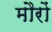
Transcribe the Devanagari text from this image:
मौरों